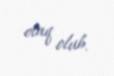
otaq olub.